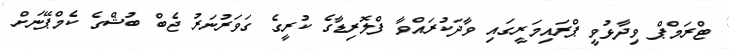
ޓްރަމްޕް ވިދާޅުވީ ޕްރައިމަރީގައި ވާދަކުރައްވާ ފްލޮރިޑާގެ ކުރީގެ ގަވަރުނަރު ޖެބް ބުޝްގެ ކެމްޕޭނަށް